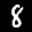
Label: 8